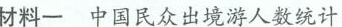
材料一中国民众出境游人数统计